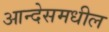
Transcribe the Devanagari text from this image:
आन्देसमधील